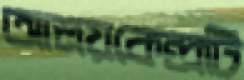
আশ্রয়কেন্দ্রটি